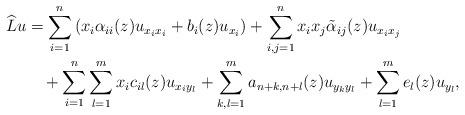
LaTeX: \begin{align*}\widehat Lu&= \sum_{i=1}^n \left(x_i\alpha_{ii}(z)u_{x_ix_i} + b_i(z)u_{x_i}\right) + \sum_{i,j=1}^n x_ix_j \tilde \alpha_{ij}(z)u_{x_ix_j} \\&\quad+\sum_{i=1}^n\sum_{l=1}^m x_i c_{il}(z)u_{x_iy_l} +\sum_{k,l=1}^m a_{n+k,n+l}(z)u_{y_ky_l}+ \sum_{l=1}^m e_l(z)u_{y_l},\end{align*}